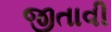
જીતાવી